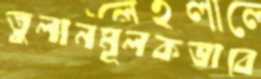
তুলানমূলকভাবে